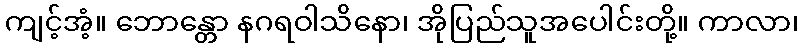
ကျင့်အံ့။ ဘောန္တော နဂရဝါသိနော၊ အိုပြည်သူအပေါင်းတို့။ ကာလာ၊